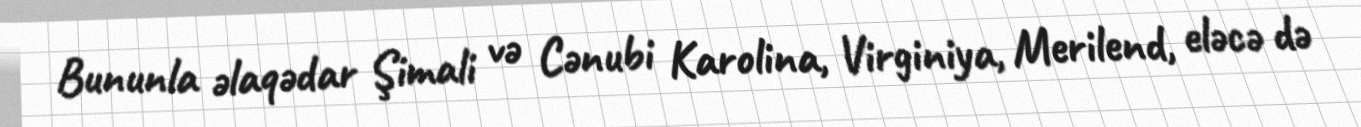
Bununla əlaqədar Şimali və Cənubi Karolina, Virginiya, Merilend, eləcə də